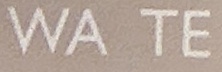
WASTE